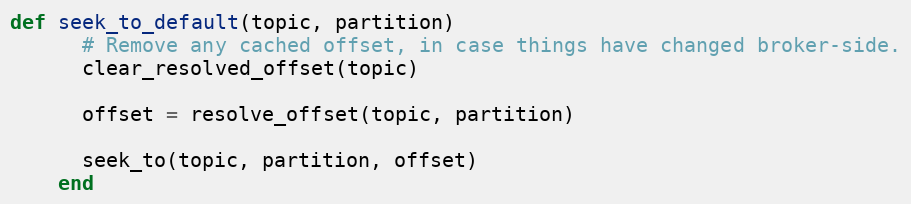
Language: Ruby
def seek_to_default(topic, partition)
      # Remove any cached offset, in case things have changed broker-side.
      clear_resolved_offset(topic)

      offset = resolve_offset(topic, partition)

      seek_to(topic, partition, offset)
    end